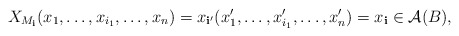
\begin{align*}X_{M_\mathbf i}(x_1, \dots, x_{i_1}, \dots, x_n) = x_{\mathbf i'}(x_1', \dots, x_{i_1}', \dots, x_n') = x_\mathbf i\in \mathcal A(B),\end{align*}